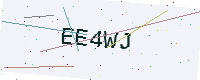
Text: EE4WJ